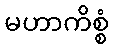
မဟာကိစ္စံ